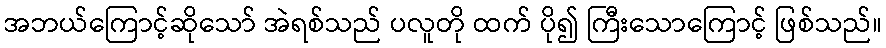
အဘယ်ကြောင့်ဆိုသော် အဲရစ်သည် ပလူတို ထက် ပို၍ ကြီးသောကြောင့် ဖြစ်သည်။